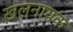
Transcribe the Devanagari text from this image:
ख़लनायक